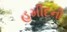
હમીદની